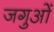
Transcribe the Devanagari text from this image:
जगुओं